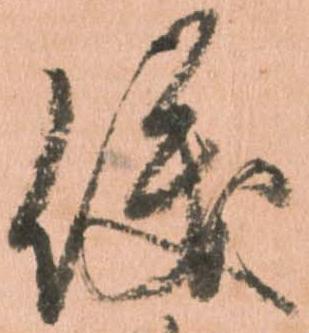
儀